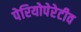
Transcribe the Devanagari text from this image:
पेरियोपेरेटीव